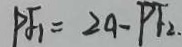
P F _ { 1 } = 2 a - P F _ { 2 } .